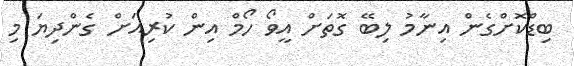
ބިޑްކޮށްގެން އިނާމު ލިބޭ ގޮތަށް އީވޯ ހޯމް އިން ކުރިއަށް ގެންދިޔަ މި